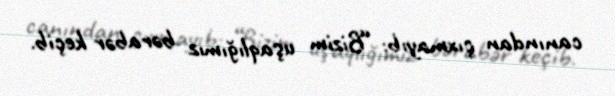
canından çıxmayıb: “Bizim uşaqlığımız bərabər keçib.